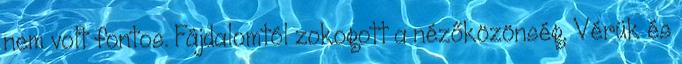
nem volt fontos. Fájdalomtól zokogott a nézőközönség. Vérük és